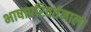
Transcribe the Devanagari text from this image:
भाषापरिवर्तनाला